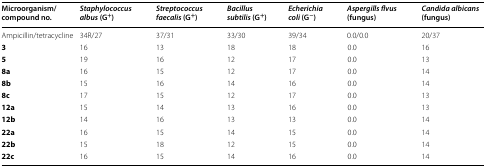
| Microorganism/compound no. | Staphylococcus albus (G+) | Streptococcus faecalis (G+) | Bacillus subtilis (G+) | Echerichia coli (G−) | Aspergills flvus (fungus) | Candida albicans (fungus) |
 | --- | --- | --- | --- | --- | --- | --- |
 | Ampicillin/tetracycline | 34R/27 | 37/31 | 33/30 | 39/34 | 0.0/0.0 | 20/37 |
 | 3 | 16 | 13 | 18 | 18 | 0.0 | 16 |
 | 5 | 19 | 16 | 12 | 17 | 0.0 | 13 |
 | 8a | 16 | 15 | 12 | 17 | 0.0 | 14 |
 | 8b | 15 | 16 | 14 | 16 | 0.0 | 14 |
 | 8c | 17 | 15 | 12 | 17 | 0.0 | 13 |
 | 12a | 15 | 14 | 13 | 16 | 0.0 | 13 |
 | 12b | 14 | 16 | 13 | 13 | 0.0 | 14 |
 | 22a | 16 | 15 | 14 | 15 | 0.0 | 14 |
 | 22b | 15 | 18 | 12 | 15 | 0.0 | 14 |
 | 22c | 16 | 15 | 14 | 16 | 0.0 | 14 |